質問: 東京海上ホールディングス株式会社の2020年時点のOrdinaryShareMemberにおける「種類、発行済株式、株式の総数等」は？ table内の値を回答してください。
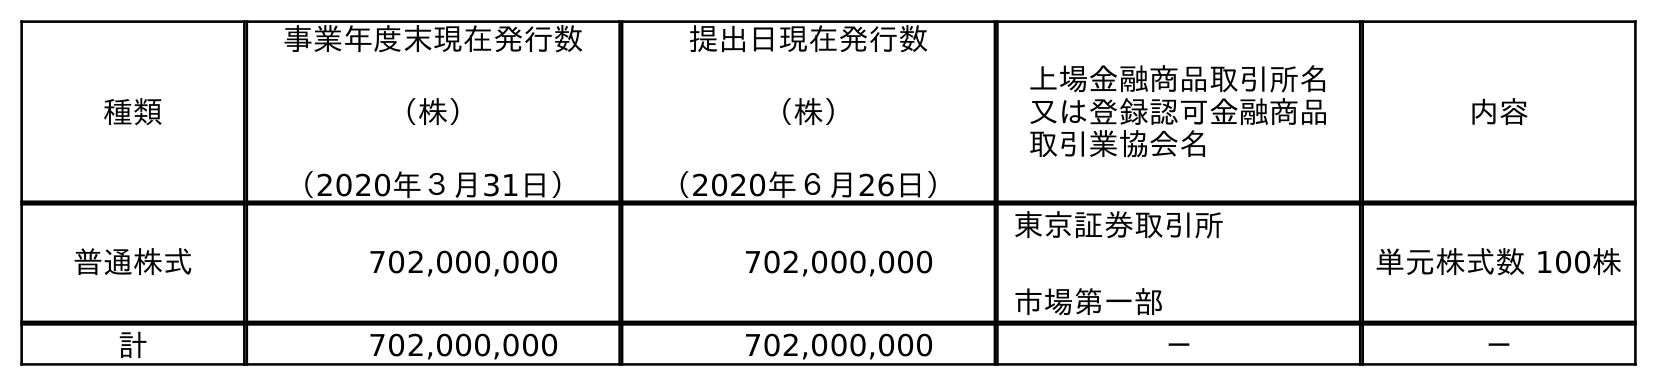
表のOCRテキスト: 種類 事業年度末現在発行数 （株） （2020年３月31日） 提出日現在発行数 （株） （2020年６月26日） 上場金融商品取引所名 又は登録認可金融商品 取引業協会名 内容 普通株式 702,000,000 702,000,000 東京証券取引所 市場第一部 単元株式数 100株 計 702,000,000 702,000,000 － －
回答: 普通株式